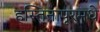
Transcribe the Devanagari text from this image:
हस्तिनापूरमधे